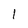
Character: l